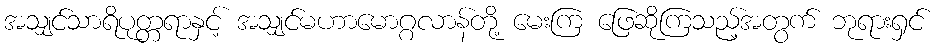
အသျှင်သာရိပုတ္တရာနှင့် အသျှင်မဟာမောဂ္ဂလာန်တို့ မေးကြ ဖြေဆိုကြသည့်အတွက် ဘုရားရှင်